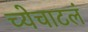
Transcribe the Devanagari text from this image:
च्येचाटलं